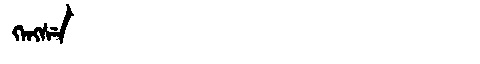
Manchu: ᡴᡝᠩᠰᡝ
Romanization: KENGSE